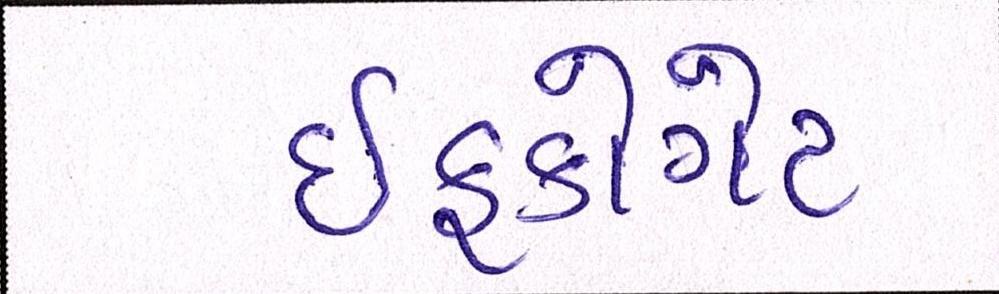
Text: ઈફકોગેટ